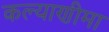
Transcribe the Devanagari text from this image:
कल्‍याणीमा